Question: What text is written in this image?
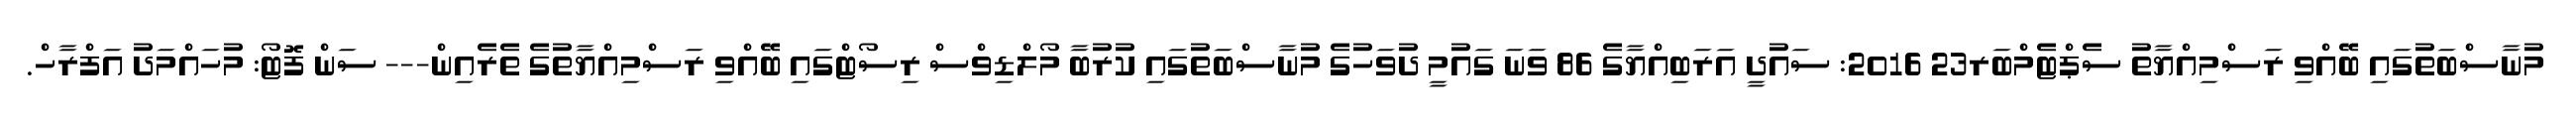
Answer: މުނާސްބަތުގައި ބޭއްވި ރަސްމިއްޔާތު ސެޕްޓެމްބަރ23 2016: ސައުދީ އަރަބިއްޔާގެ 86 ވަނަ ގައުމީ ދުވަހުގެ މުނާސްބަތުގައި ކުރުބާ މޯލްޑިވްސް ރިސޯޓްގައި ބޭއްވި ރަސްމިއްޔާތުގެ ތެރެއިން--- ސަން ފޮޓޯ: މުހައްމަދު އަފްރާހް.